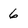
Character: 6